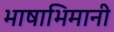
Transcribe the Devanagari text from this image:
भाषाभिमानी